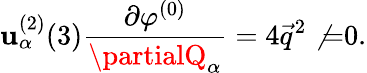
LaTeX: \mathbf{u}_{\alpha}^{(2)}(3)\frac{{\partial\varphi^{(0)}}}{{\partialQ_{\alpha}}}=4\vec{{q}}^{2}\not{=}0.